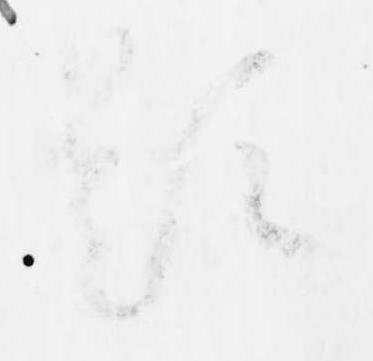
題